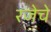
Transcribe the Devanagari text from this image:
रजेचे